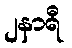
၂နာရီ